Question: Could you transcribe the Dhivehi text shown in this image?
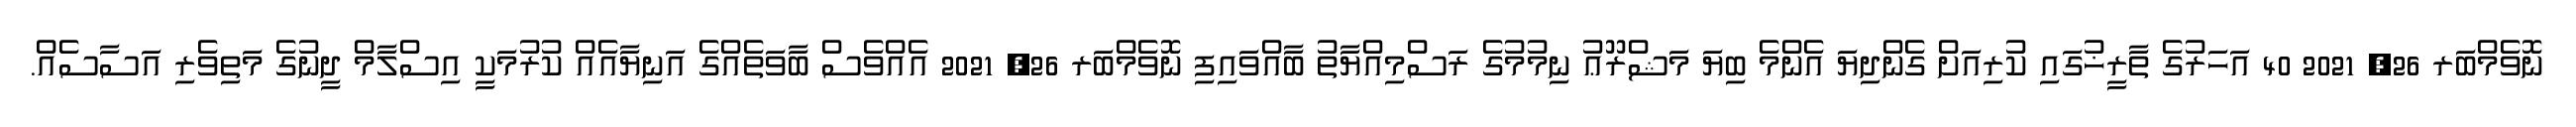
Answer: ނޮވެމްބަރ 26, 2021 40 އަހަރުގެ ތާރީޚުގައި ކުރިއަށް ގެންދިޔަ އެންމެ ބިޔަ މަޝްރޫޢު ނިމުމުގެ ރަސްމިއްޔާތު ބާއްވައިފި ނޮވެމްބަރ 26, 2021 އެއްވެސް ބާވަތެއްގެ އަނިޔާއެއް ކުރުމަކީ އިސްލާމް ދީނުގެ މަތިވެރި އަސާސެއް.